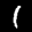
Label: 1